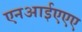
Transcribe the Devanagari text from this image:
एनआईएएए